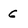
Character: 6